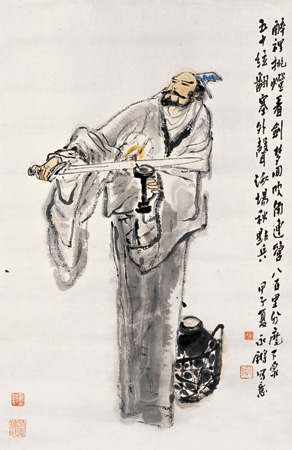
休说鲈鱼堪脍，尽西风，季鹰归未？